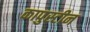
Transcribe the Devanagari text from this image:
कापुस्टीन